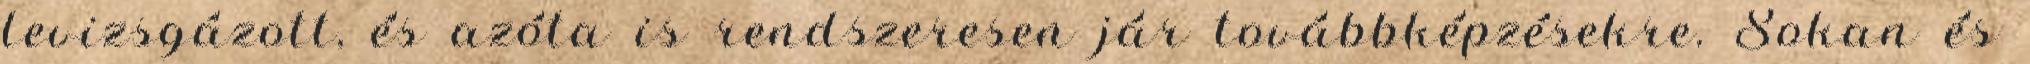
levizsgázott, és azóta is rendszeresen jár továbbképzésekre. Sokan és